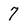
Character: 7